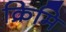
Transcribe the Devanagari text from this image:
क्रिमि